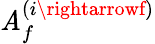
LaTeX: \mathit{A}_{f}^{(i\rightarrowf)}